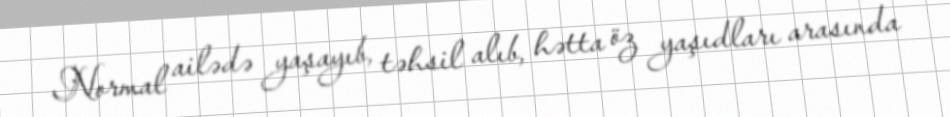
Normal ailədə yaşayıb, təhsil alıb, hətta öz yaşıdları arasında